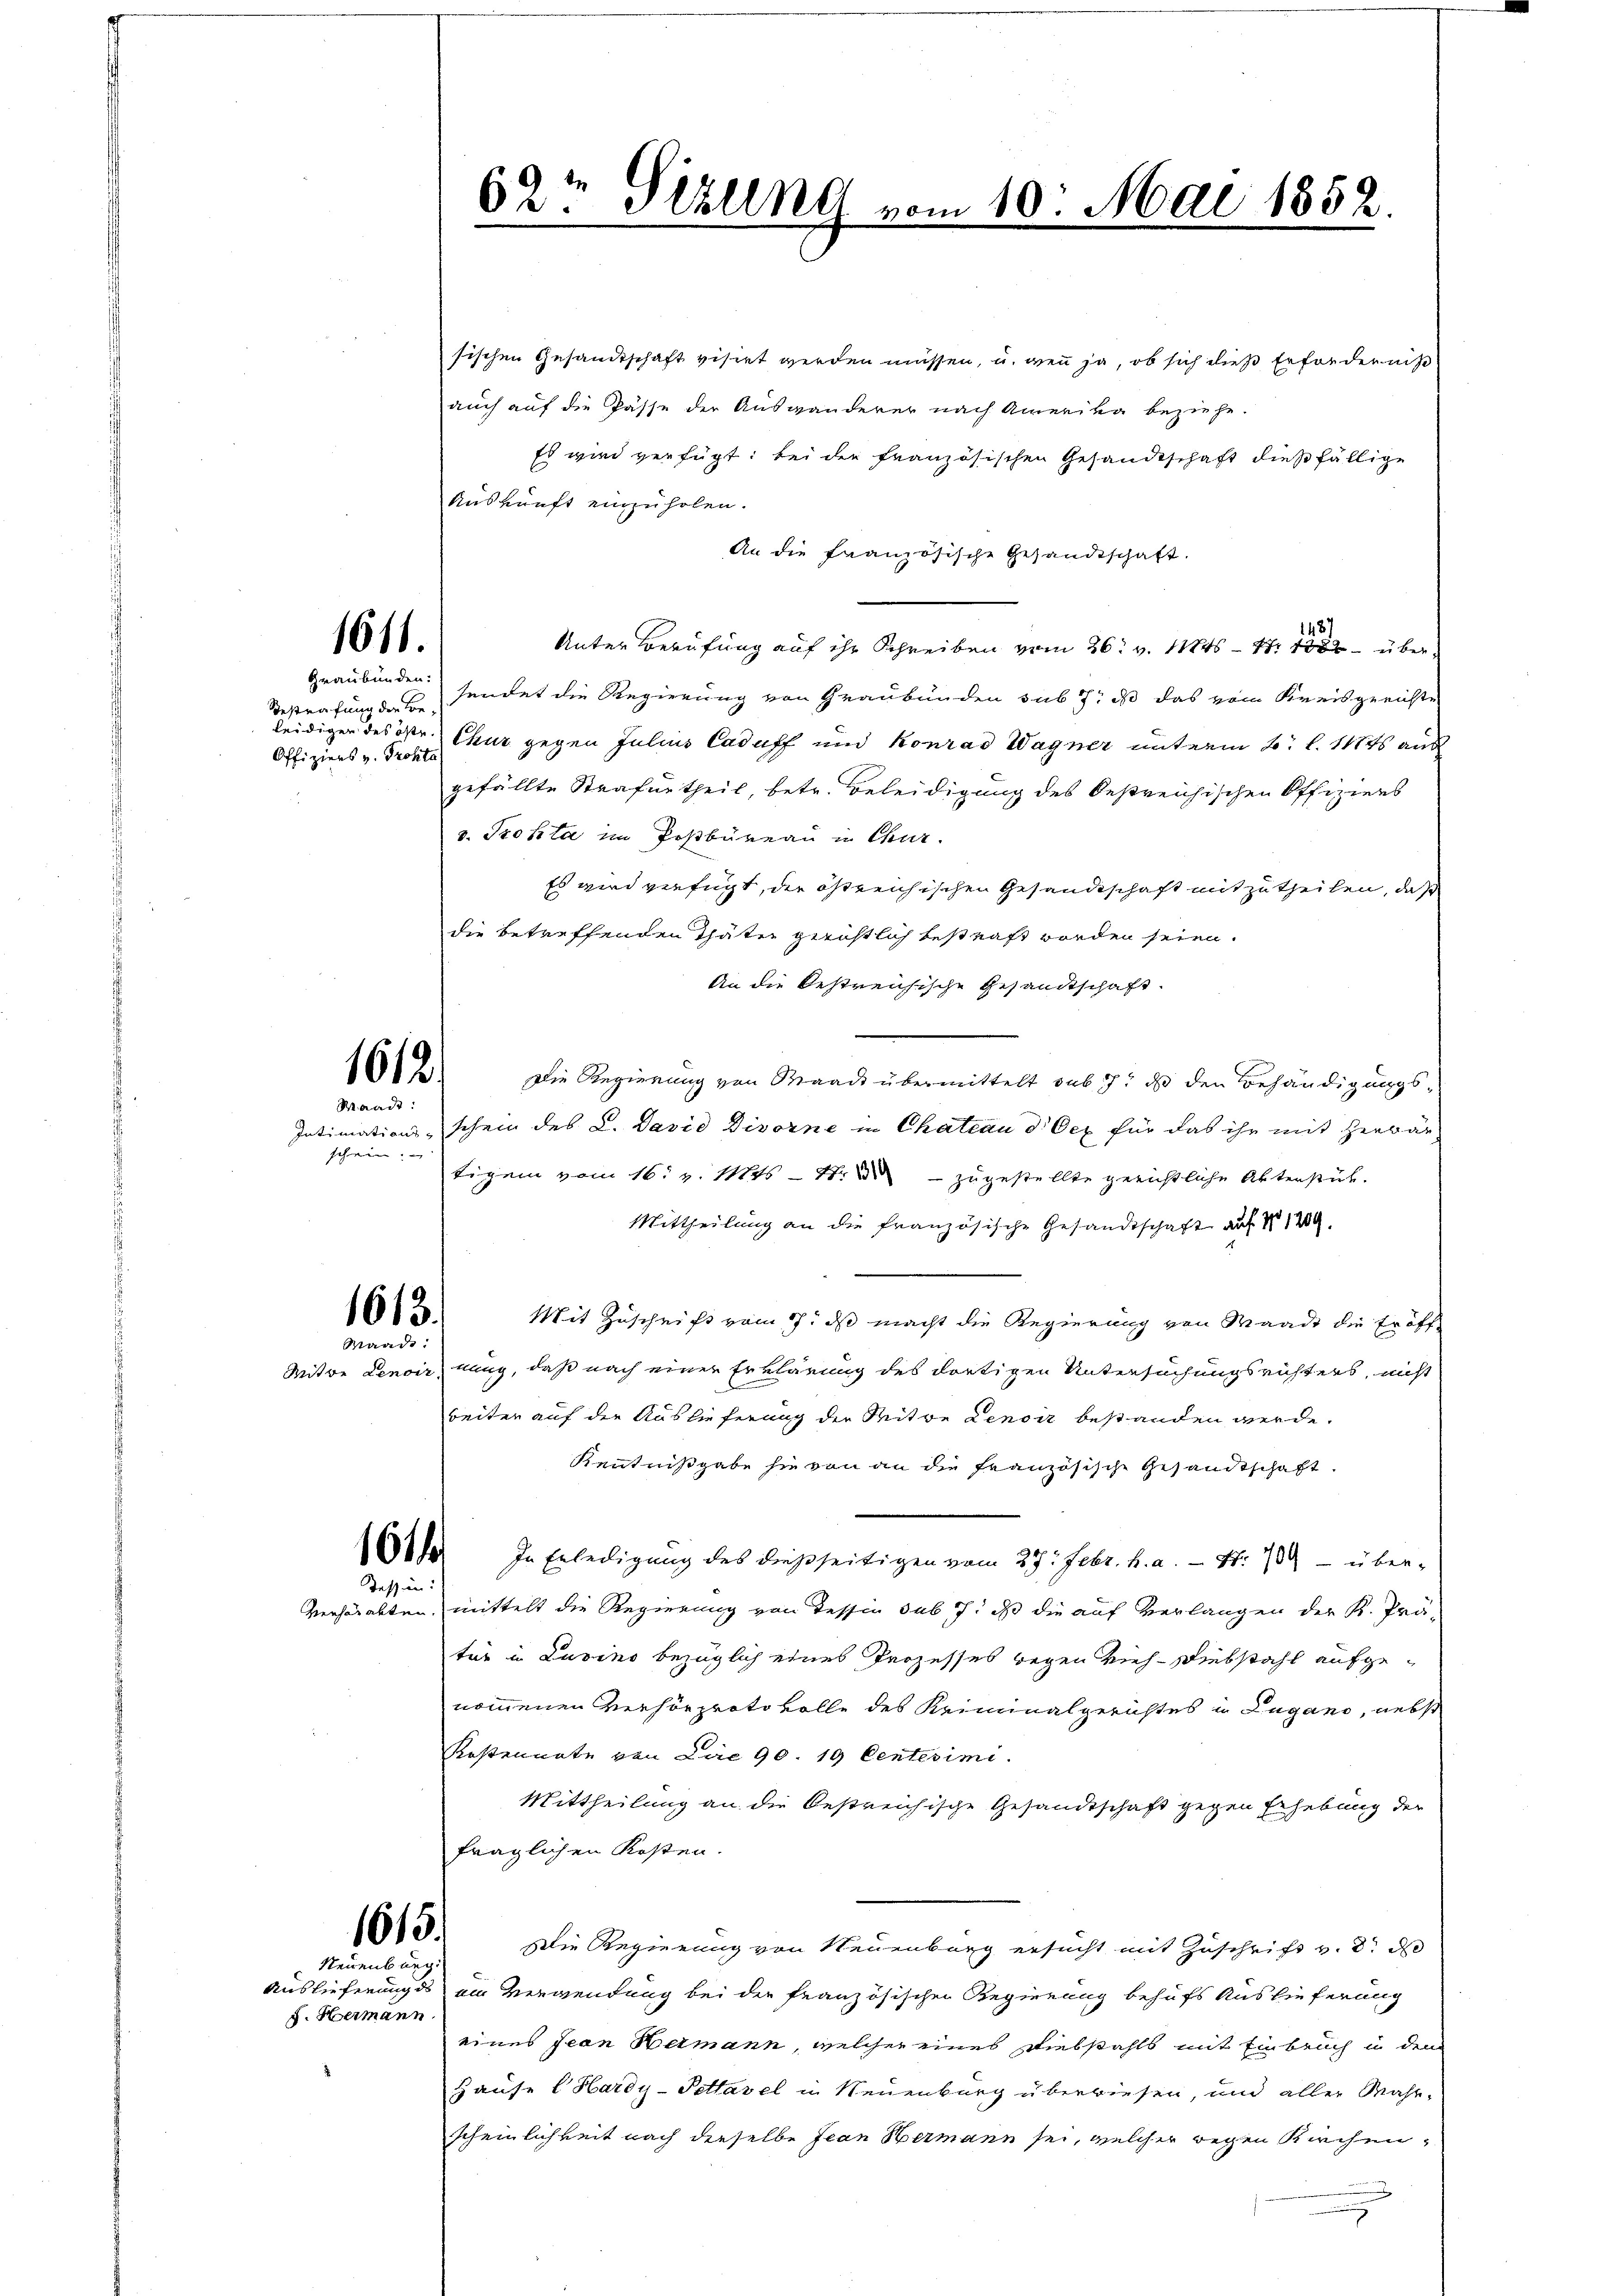
1611.

Graubünden:
Bestrafung der Be
Offiziers v. Trotto

1613.
mund

sischen Gesandtschaft visirt werden müssen, u. wenn ja, ob sich dies Erforderniß
auch auf die Pässe der Auswanderer nach Amerika beziehe.
Es wird verfügt: bei der französischen Gesandtschaft dießfällige
Auskunft einzuholen.
An die französische Gesandtschaft.
1487
Unter Berufung auf ihr Schreiben vom 26. v. Mts. — 11. 1882 übersendet die Regierung von Graubünden sub 7. ds das vom Kreisgerichte
leidigen des ökr. Chur gegen Julius Caduff und Konrad Wagner unterm 2. l. 11845 aus
gefällte Strafurtheil, betr. Beleidigung des Oestreichischen Offiziers
v. Trotta im Postbüreau in Chur.
Es wird verfügt, der östreichischen Gesandtschaft mitzutheilen, daß
die betreffenden Thäter gerichtlich bestraft worden seien.
An die bestreichische Gesandtschaft.
Die Regierung von Maack übermittelt sub 7. ds den Behändigungs¬
Intimations- schein des L. David Divorne in Chateau d. Oex für das ihr mit Herbär
tigem vom 16. v. 1846 - 4. zugestellte gerichtliche Akterstük-
Mittheilung an die französische Gesandtschaft auf No 129
Mit Zuschrift vom 17. ds macht die Regierung von Waadt die Eröff¬
Mitwe Lenoir nung, daß nach einer Erklärung des dortigen Untersuchungsrichters, nicht
beiter auf der Auslieferung der Mitwe Lenoir bestanden werde.
Kenntnißgabe sie von an die französische Gesandtschaft.
161. In Erledigung des dießseitigen vom 27. Febr. h. a. — Nr. 709 - über-
mittelt die Regierung von Tessin sub 7. daß die auf Verlangen der K. Prä-
tur in Lavino bezüglich eines Prozesses wegen Vieh- Diebstahl aufgenommenen Verhörprotokolle des Kriminalgerichtes in Lugano, nebst
Kostennate von Lire 90. 19 Centesimi.
Mittheilung an die bestreichische Gesandtschaft gegen Erhebung der
fraglichen Kosten.
Die Regierung von Neuenburg ersucht mit Zuschrift v. d. d
Auslieferung des ein Verwendung bei der französischen Regierung behufs Auslieferung
eines Jean Hermann, welcher eines Diebstahls mit Einbruch in den
Hause Hardy-Pettavel in Neuenburg überwiesen, und aller Wahr-
scheinlichkeit nach dieselbe Jean Hermann sei, welcher wegen Kirchen¬
u

1612

Waadt:
schein

Tessin:

Verhärabten

1615.
Neuenburg:

F. Hermann.

69t Pizlent vom 10. Mai 1852
.